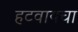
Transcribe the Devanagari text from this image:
हटवायचा